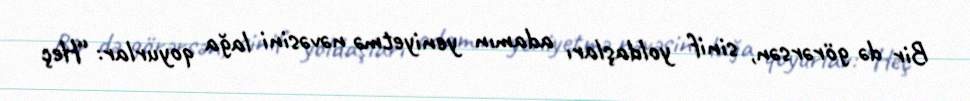
Bir də görərsən, sinif yoldaşları adamın yeniyetmə nəvəsini lağa qoyurlar: “Heç